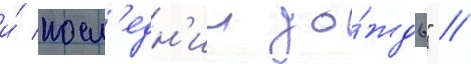
и́ посл'едн'ии до́ждь" //